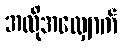
အလိုအလျှောက်